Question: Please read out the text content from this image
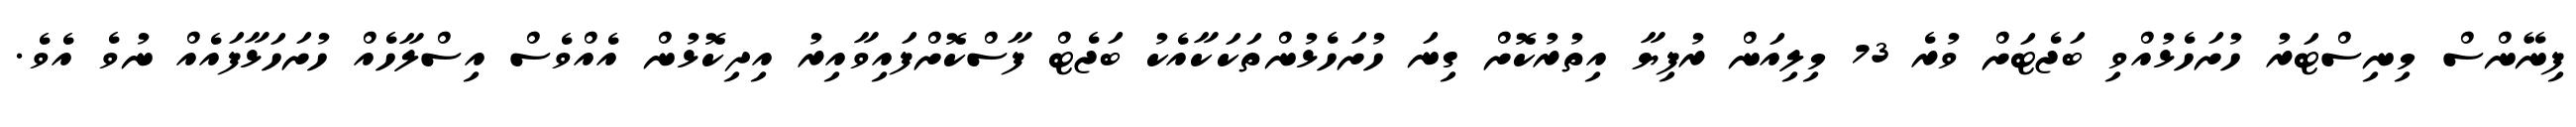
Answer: ފިނޭންސް މިނިސްޓަރު ހުށަހެޅުއްވި ބަޖެޓަށް ވުރެ 73 މިލިއަން ރުފިޔާ އިތުރުކޮށް ގިނަ ހުށަހެޅުންތަކަކާއެކު ބަޖެޓް ފާސްކޮށްފައިވާއިރު އިދިކޮޅުން އެއްވެސް އިސްލާހެއް ހުށަހަޅާފައެއް ނުވެ އެވެ.